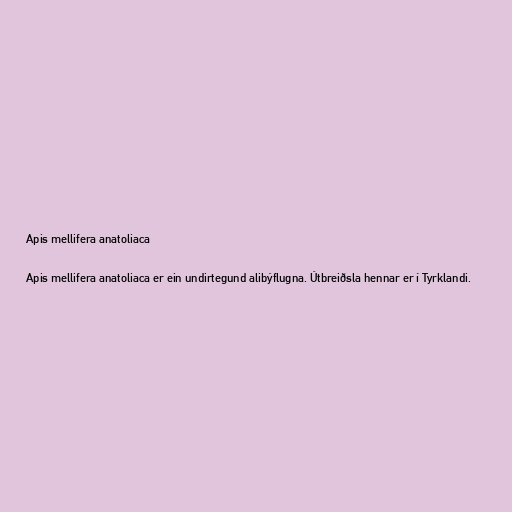
Apis mellifera anatoliaca

Apis mellifera anatoliaca er ein undirtegund alibýflugna. Útbreiðsla hennar er í Tyrklandi.